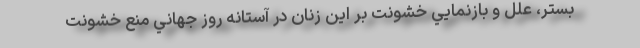
بستر، علل و بازنمايي خشونت بر اين زنان در آستانه روز جهاني منع خشونت